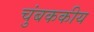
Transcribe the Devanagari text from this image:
चुंबककीय